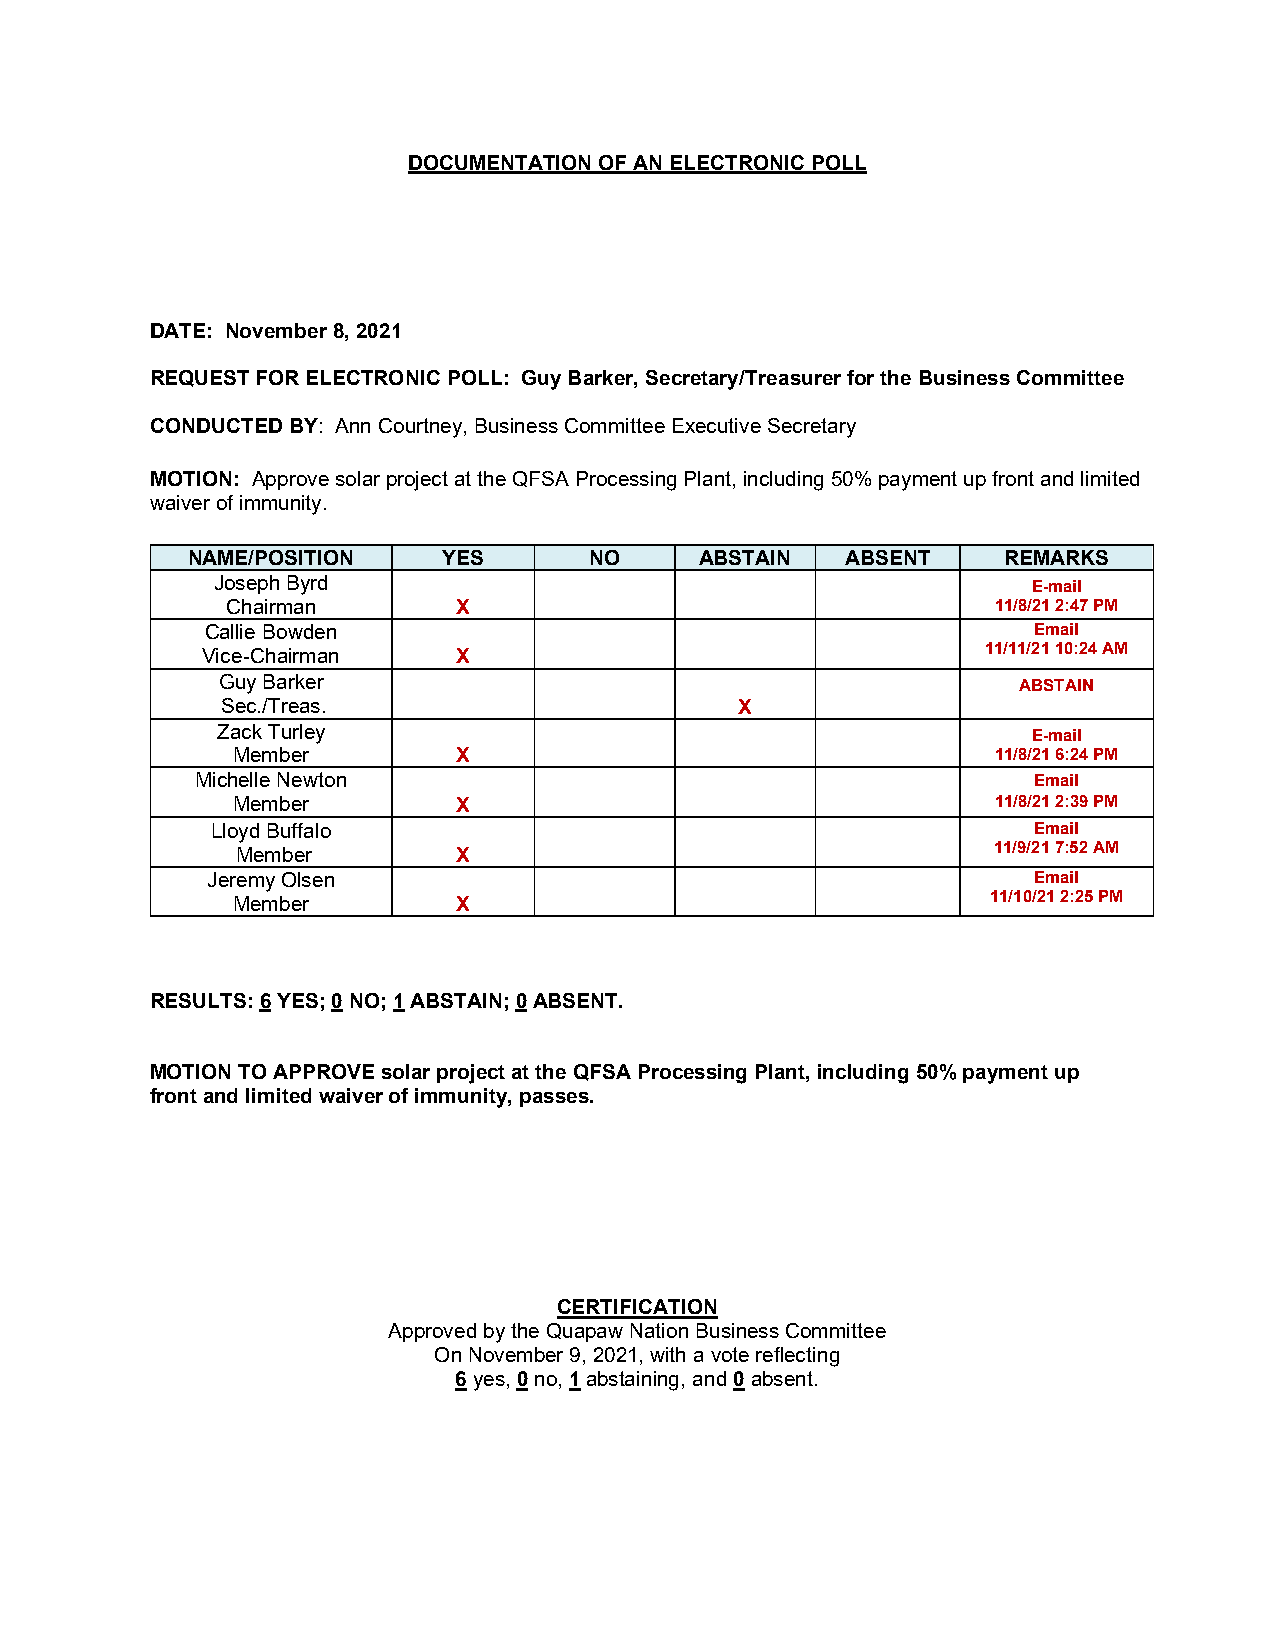
DOCUMENTATION OF AN ELECTRONIC POLL
 DATE: November 8, 2021
 REQUEST FOR ELECTRONIC POLL: Guy Barker, Secretary/Treasurer for the Business Committee
 CONDUCTED BY: Ann Courtney, Business Committee Executive Secretary
 MOTION: Approve solar project at the QFSA Processing Plant, including 50% payment up front and limited
 waiver of immunity.
 NAME/POSITION    YES       NO     ABSTAIN   ABSENT    REMARKS
 Joseph Byrd                                           E-mail
 Chairman       X                                   11/8/21 2:47 PM
 Callie Bowden                                         Email
 Vice-Chairman    X                                  11/11/21 10:24 AM
 Guy Barker                                           ABSTAIN
 Sec./Treas.                       X
 Zack Turley                                           E-mail
 Member         X                                   11/8/21 6:24 PM
 Michelle Newton                                        Email
 Member         X                                   11/8/21 2:39 PM
 Lloyd Buffalo                                         Email
 Member        X                                   11/9/21 7:52 AM
 Jeremy Olsen                                          Email
 Member         X                                   11/10/21 2:25 PM
 RESULTS: 6 YES; 0 NO; 1 ABSTAIN; 0 ABSENT.
 MOTION TO APPROVE solar project at the QFSA Processing Plant, including 50% payment up
 front and limited waiver of immunity, passes.
 CERTIFICATION
 Approved by the Quapaw Nation Business Committee
 On November 9, 2021, with a vote reflecting
 6 yes, 0 no, 1 abstaining, and 0 absent.